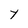
Character: Y